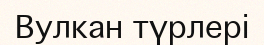
Вулкан түрлері